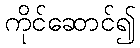
ကိုင်ဆောင်၍